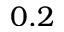
0 . 2